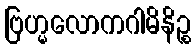
ဗြဟ္မလောကဂါမိနိဉ္စ